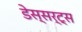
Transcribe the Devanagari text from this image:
डेस्सर्ट्स